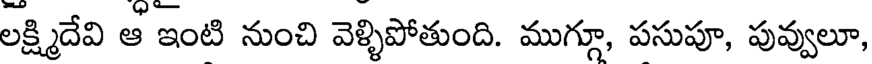
లక్ష్మిదేవి ఆ ఇంటి నుంచి వెళ్ళిపోతుంది. ముగ్గూ, పసుపూ, పువ్వులూ,